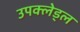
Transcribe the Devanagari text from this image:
उपक्लेड्ल